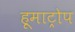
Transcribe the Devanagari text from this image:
हूमाट्रोप